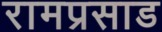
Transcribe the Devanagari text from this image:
रामप्रसाड